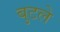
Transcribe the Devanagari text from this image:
बुटले